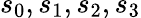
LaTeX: s_{0},s_{1},s_{2},s_{3}